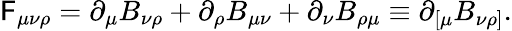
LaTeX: \mathsf{F}_{\mu\nu\rho}=\partial_{\mu}B_{\nu\rho}+\partial_{\rho}B_{\mu\nu}+\partial_{\nu}B_{\rho\mu}\equiv\partial_{\left[\mu\right.}B_{\left.\nu\rho\right]}.